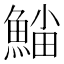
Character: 𩸛